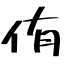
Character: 侑